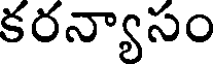
కరన్యాసం